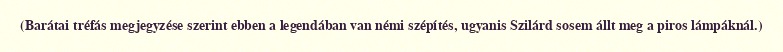
(Barátai tréfás megjegyzése szerint ebben a legendában van némi szépítés, ugyanis Szilárd sosem állt meg a piros lámpáknál.)